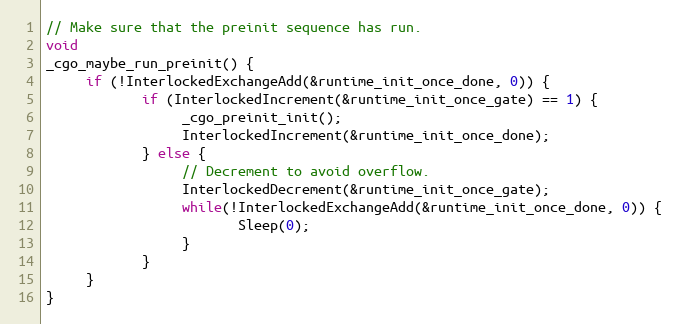
Language: C
// Make sure that the preinit sequence has run.
void
_cgo_maybe_run_preinit() {
	 if (!InterlockedExchangeAdd(&runtime_init_once_done, 0)) {
			if (InterlockedIncrement(&runtime_init_once_gate) == 1) {
				 _cgo_preinit_init();
				 InterlockedIncrement(&runtime_init_once_done);
			} else {
				 // Decrement to avoid overflow.
				 InterlockedDecrement(&runtime_init_once_gate);
				 while(!InterlockedExchangeAdd(&runtime_init_once_done, 0)) {
						Sleep(0);
				 }
			}
	 }
}